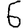
Digit: 6